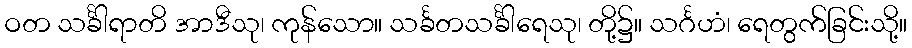
ဝတ သင်္ခါရာတိ အာဒီသု၊ ကုန်သော။ သင်္ခတသင်္ခါရေသု၊ တို့၌။ သင်္ဂဟံ၊ ရေတွက်ခြင်းသို့။